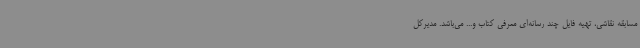
مسابقه نقاشی، تهیه فایل چند رسانه‌ای معرفی کتاب و... می‌باشد. مدیرکل